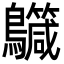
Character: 𪇳